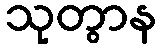
သုတွာန